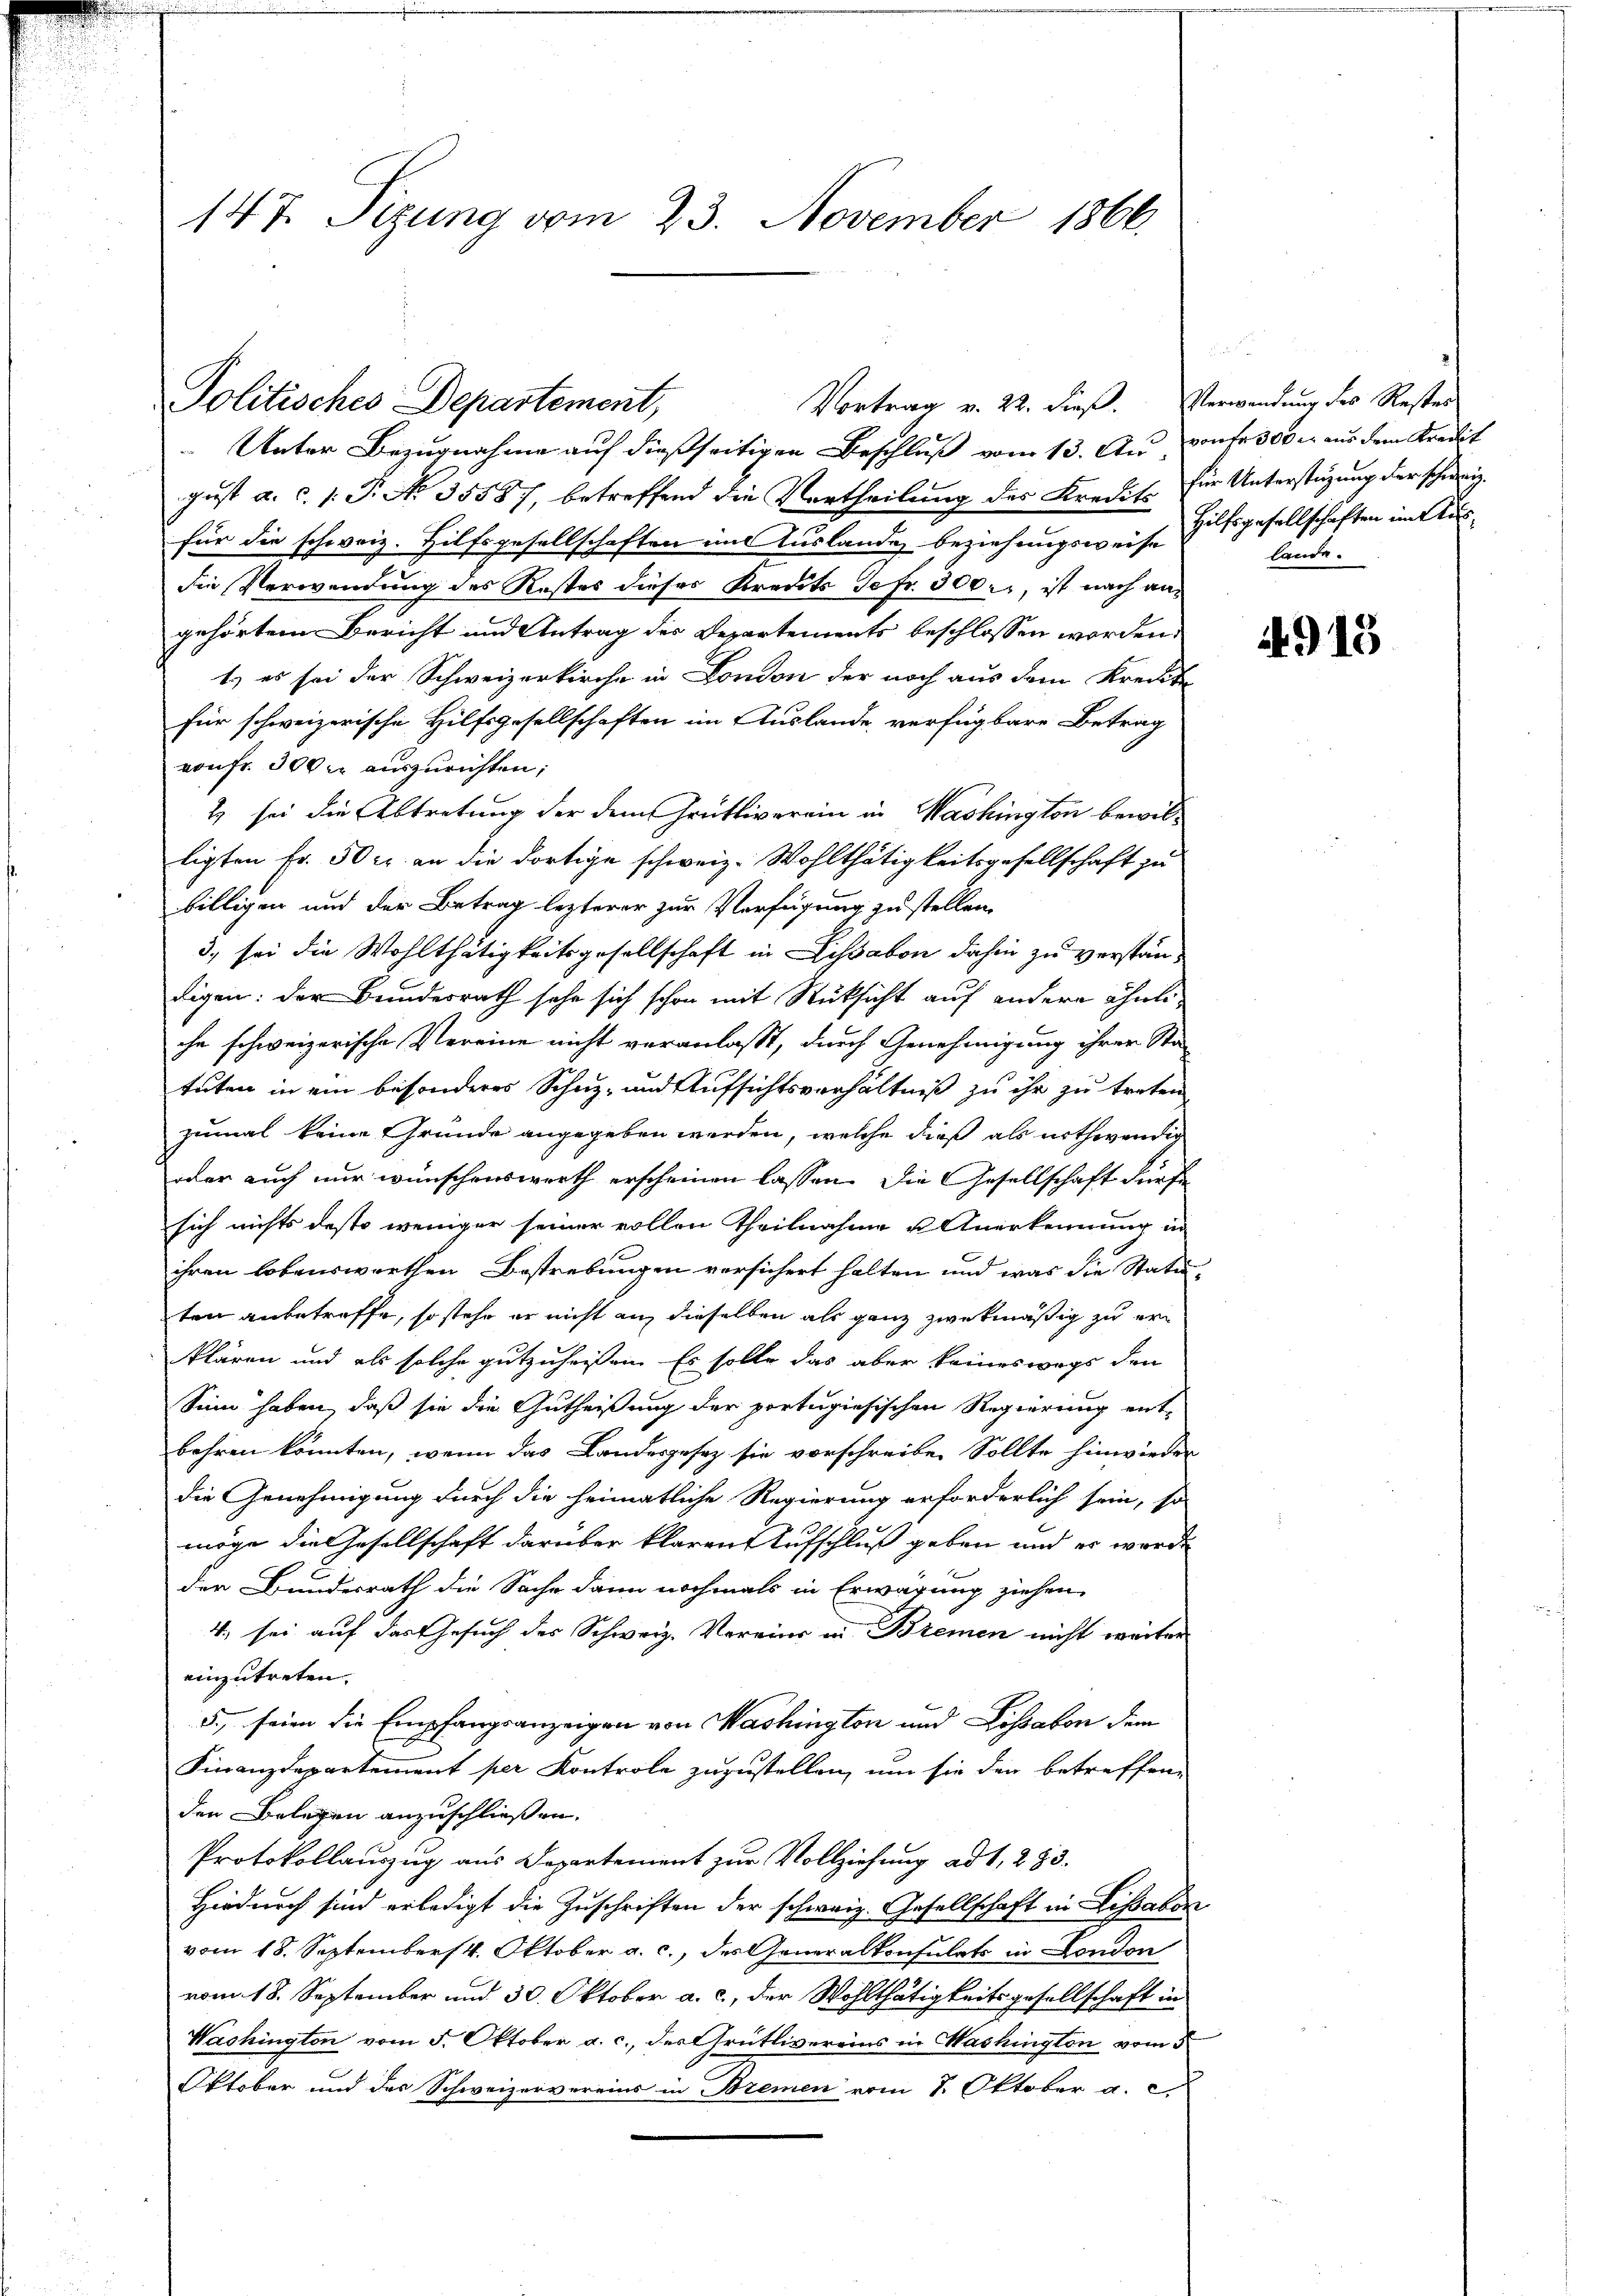
147. Sizung vom 23. November 1866.

Vortrag v. 22. dieß. Verwendung des Rester
Politisches Departement,

Unter Bezugnahme auf dießseitigen Beschluß vom 13. Au, von fr. 300 er aus dem Kredit
gust a. c. 1. P. Nr. 35587, betreffend die Vertheilung des Kredit für Unterstüzung der schweiz.
für die schweiz. Hilfsgesellschaften im Auslanden beziehungsweise Hilfsgesellschaften im Ausdie Verwendung des Restes dieses Kredits Tefr. 300., ist nach angehörtem Bericht und Antrag des Departements beschlossen worden,
t) es sei der Schweizerkirche in London der noch aus dem Kreute
für schweizerische Hilfsgesellschaften im Auslande, verfügbare Betrag
von Fr. 300 er auszurichten;
2 sei die Abtretung der dem Grütliverein in Washington bewilligten Fr. 50 r. an die dortige schweiz. Wohlthätigkeitsgesellschaft zu
billigen und der Betrag lezterer zur Verfügung zu stellen.
3. sei die Wohlthätigkeitsgesellschaft in haben dahin zu verstänligen: der Bundesrath sehe sich schon mit Rücksicht auf andere ähnliche schweizerische Vereine nicht veranlaßt, durch Genehmigung ihrer Sta-
tuten in ein besonderes Schuz- und Aufsichtsverhältniß zu ihr zu treten
zumal keine Gründe angegeben werden, welche dieß als nothwendig
oder auch nur wünschenswerth erscheinen lassen. Die Gesellschaft dürfe
sich nichts desto weniger seiner vollen Theilnahme u. Anerkennung in
ihren lobenswerthen Bestrebungen versichert halten und was die Statu-
ten anbetreffe, so stehe er nicht an dieselben als ganz zwekmäßig zu erklären und als solche gutzuheißen. Es solle das aber keineswegs den
Sinn haben, daß sie die Gutheißung der portugisischen Regierung ent-
bahren könnten, wenn das Landesgesetz sie vorschreiben Sollte hinwieder
die Genehmigung durch die heimatliche Regierung erforderlich sein, so
möge die Gesellschaft darüber klaren Aufschluß geben und er werde
der Bundesrath die Sache dann nochmals in Erwägung ziehen,
4; sei auf das Gesuch des Schweiz. Vereins in Bremen nicht weiter
einzutreten.
5., seien die Empfangsanzeigen von Washington und Lissabon dem
Finanzdepartement per Kontrole zuzustellen, um sie den betreffene
den Belegen anzuschließen.
Protokollauszug aus Departement zur Vollziehung ad 1, 283.
Hiedurch sind erledigt die Zuschriften der schweiz. Gesellschaft in Lissabon
vom 18. Septembers 4. Oktober a. c., des Generalkonsulats in London
vom 18. September und 30. Oktober a. c., der Wohlthätigkeitsgesellschaft in
Washington vom 5. Oktober a. c., der Grütlivereins in Washington vom 5
Oktober und des Schweizervereins in Bremen vom 8. Oktober a. c.

lande.

4915